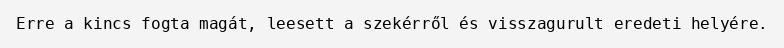
Erre a kincs fogta magát, leesett a szekérről és visszagurult eredeti helyére.